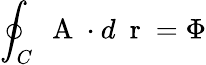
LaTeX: \oint_{C}\mathrm{~\mathbf~A~}\cdot d\mathrm{~\mathbf~r~}=\Phi